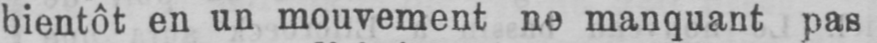
bientôt en un mouvement ne manquant pas